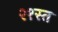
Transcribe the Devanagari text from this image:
२१स्त